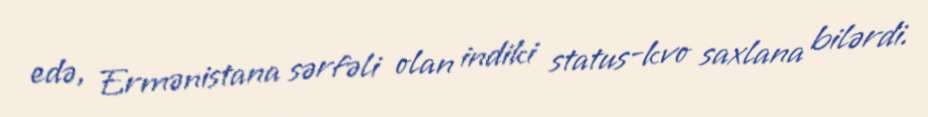
edə, Ermənistana sərfəli olan indiki status-kvo saxlana bilərdi.